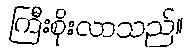
ကြီးစိုးလာသည်။